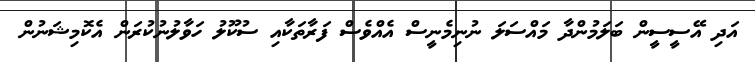
އަދި އޭސީސީން ބަލަމުންދާ މައްސަލަ ނުނިމެނީސް އެއްވެސް ފަރާތަކާއި ސުކޫލު ހަވާލުނުކުރަން އެކޮމިޝަނުން